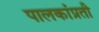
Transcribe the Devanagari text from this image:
पालकांप्रती